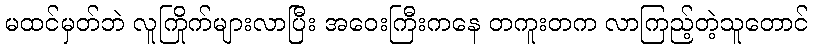
မထင်မှတ်ဘဲ လူကြိုက်များလာပြီး အဝေးကြီးကနေ တကူးတက လာကြည့်တဲ့သူတောင်